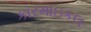
કારમાઇકલ